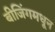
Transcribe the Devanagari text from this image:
बीजिंगमधून